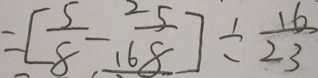
= [ \frac { 5 } { 8 } - \frac { 2 5 } { 1 6 8 } ] \div \frac { 1 6 } { 2 3 }